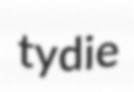
tydie